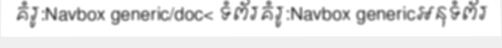
គំរូ:Navbox generic/doc< ទំព័រគំរូ:Navbox genericអនុទំព័រ